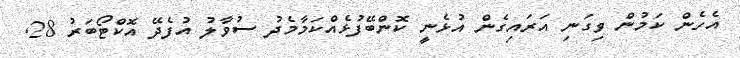
އެހެން ކަމުން ވިގަނި އަރައިގެން އުޅެނީ ކޮންބޭފުޅެއްކަމާމެދު ސުވާލު އުފެދޭ އޮކްޓޯބަރު 28